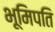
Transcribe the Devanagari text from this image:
भूमिपति